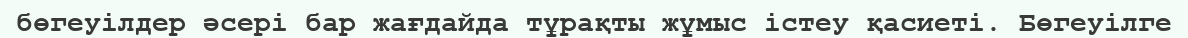
бөгеуілдер әсері бар жағдайда тұрақты жұмыс істеу қасиеті. Бөгеуілге